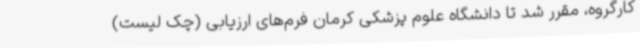
کارگروه، مقرر شد تا دانشگاه علوم پزشکی کرمان فرم‌های ارزیابی (چک لیست)